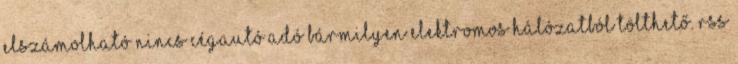
elszámolható nincs cégautó adó bármilyen elektromos hálózatból tölthető. RSS